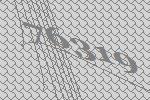
76319